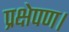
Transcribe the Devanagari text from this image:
प्रक्षेपण।